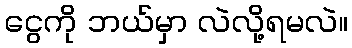
ငွေကို ဘယ်မှာ လဲလို့ရမလဲ။